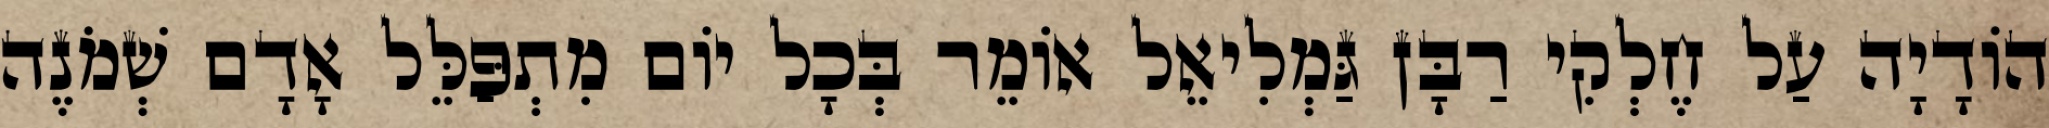
הוֹדָיָה עַל חֶלְקִי רַבָּן גַּמְלִיאֵל אוֹמֵר בְּכָל יוֹם מִתְפַּלֵּל אָדָם שְׁמֹנֶה